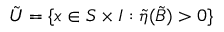
\tilde { U } = \{ x \in S \times I : \tilde { \eta } ( { \tilde { B } } ) > 0 \}